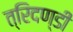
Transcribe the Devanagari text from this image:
त्रिदण्डी